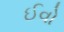
ઈવો